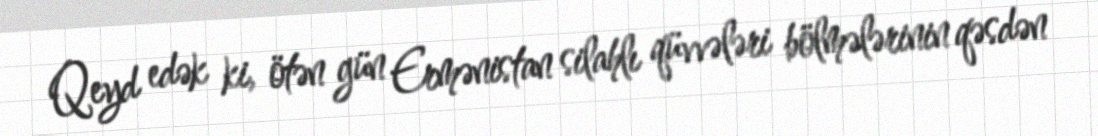
Qeyd edək ki, ötən gün Ermənistan silahlı qüvvələri bölmələrinin qəsdən